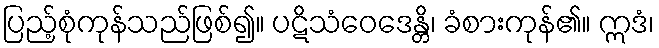
ပြည့်စုံကုန်သည်ဖြစ်၍။ ပဋိသံဝေဒေန္တိ၊ ခံစားကုန်၏။ ဣဒံ၊